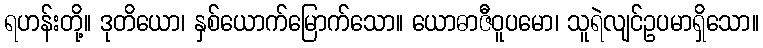
ရဟန်းတို့။ ဒုတိယော၊ နှစ်ယောက်မြောက်သော။ ယောဓာဇီဝူပမော၊ သူရဲလျင်ဥပမာရှိသော။